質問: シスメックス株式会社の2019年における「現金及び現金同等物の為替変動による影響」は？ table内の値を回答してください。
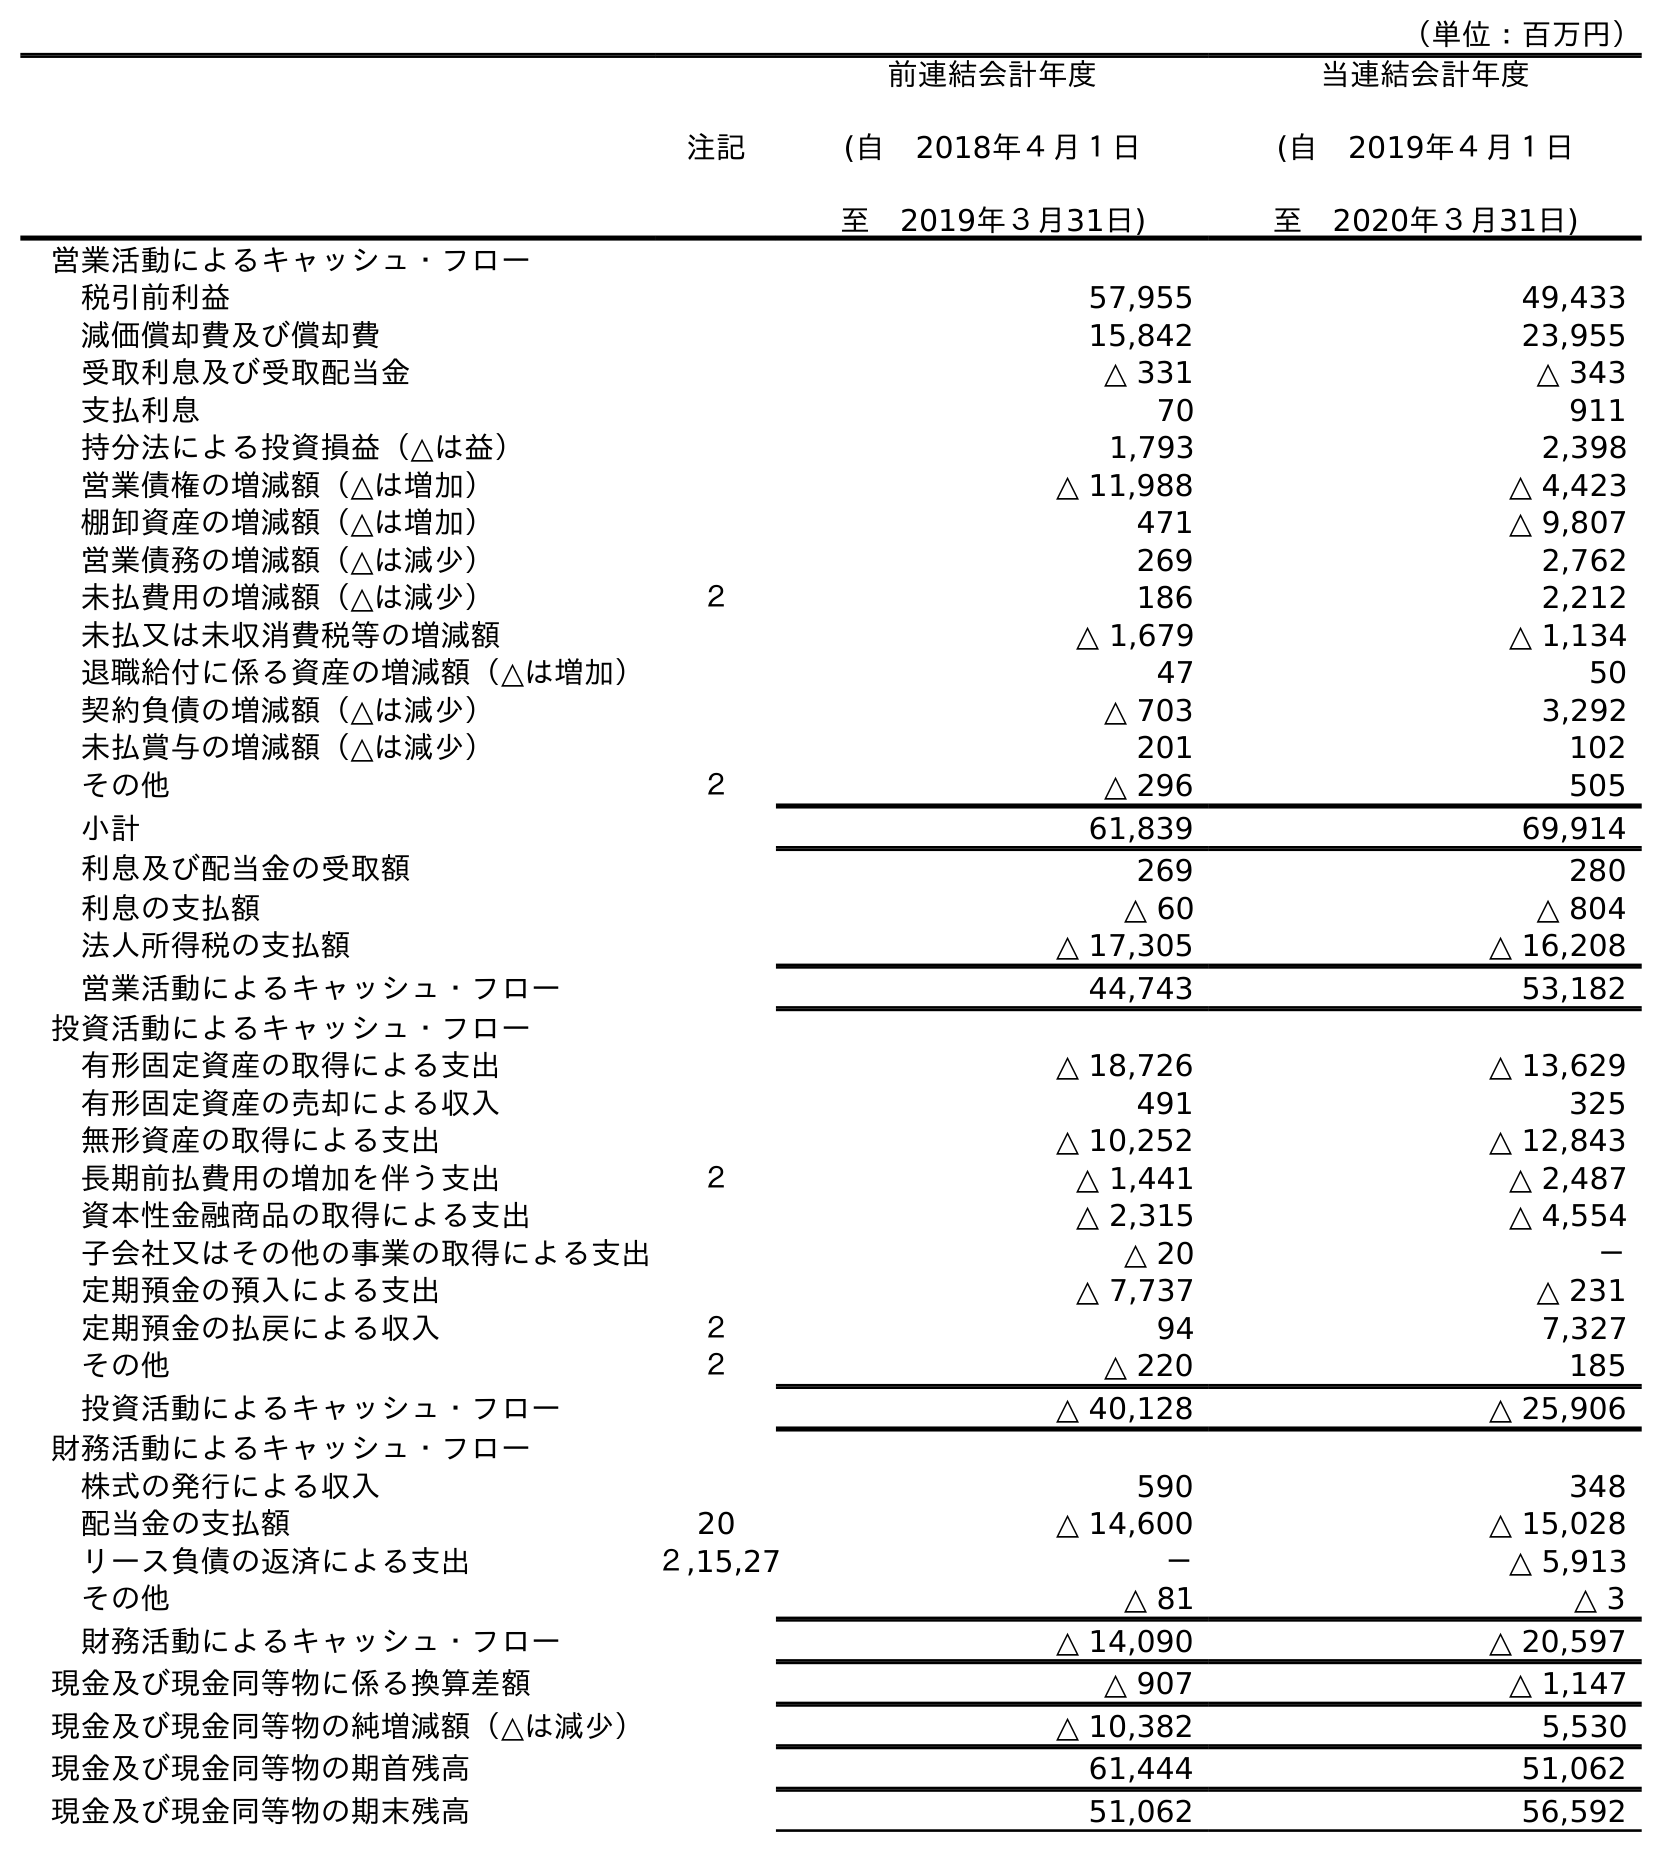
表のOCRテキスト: （単位：百万円） 注記 前連結会計年度 (自 2018年４月１日 至 2019年３月31日) 当連結会計年度 (自 2019年４月１日 至 2020年３月31日) 営業活動によるキャッシュ・フロー 税引前利益 57,955 49,433 減価償却費及び償却費 15,842 23,955 受取利息及び受取配当金 △ 331 △ 343 支払利息 70 911 持分法による投資損益（△は益） 1,793 2,398 営業債権の増減額（△は増加） △ 11,988 △ 4,423 棚卸資産の増減額（△は増加） 471 △ 9,807 営業債務の増減額（△は減少） 269 2,762 未払費用の増減額（△は減少） ２ 186 2,212 未払又は未収消費税等の増減額 △ 1,679 △ 1,134 退職給付に係る資産の増減額（△は増加） 47 50 契約負債の増減額（△は減少） △ 703 3,292 未払賞与の増減額（△は減少） 201 102 その他 ２ △ 296 505 小計 61,839 69,914 利息及び配当金の受取額 269 280 利息の支払額 △ 60 △ 804 法人所得税の支払額 △ 17,305 △ 16,208 営業活動によるキャッシュ・フロー 44,743 53,182 投資活動によるキャッシュ・フロー 有形固定資産の取得による支出 △ 18,726 △ 13,629 有形固定資産の売却による収入 491 325 無形資産の取得による支出 △ 10,252 △ 12,843 長期前払費用の増加を伴う支出 ２ △ 1,441 △ 2,487 資本性金融商品の取得による支出 △ 2,315 △ 4,554 子会社又はその他の事業の取得による支出 △ 20 － 定期預金の預入による支出 △ 7,737 △ 231 定期預金の払戻による収入 ２ 94 7,327 その他 ２ △ 220 185 投資活動によるキャッシュ・フロー △ 40,128 △ 25,906 財務活動によるキャッシュ・フロー 株式の発行による収入 590 348 配当金の支払額 20 △ 14,600 △ 15,028 リース負債の返済による支出 ２,15,27 － △ 5,913 その他 △ 81 △ 3 財務活動によるキャッシュ・フロー △ 14,090 △ 20,597 現金及び現金同等物に係る換算差額 △ 907 △ 1,147 現金及び現金同等物の純増減額（△は減少） △ 10,382 5,530 現金及び現金同等物の期首残高 61,444 51,062 現金及び現金同等物の期末残高 51,062 56,592
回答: △907